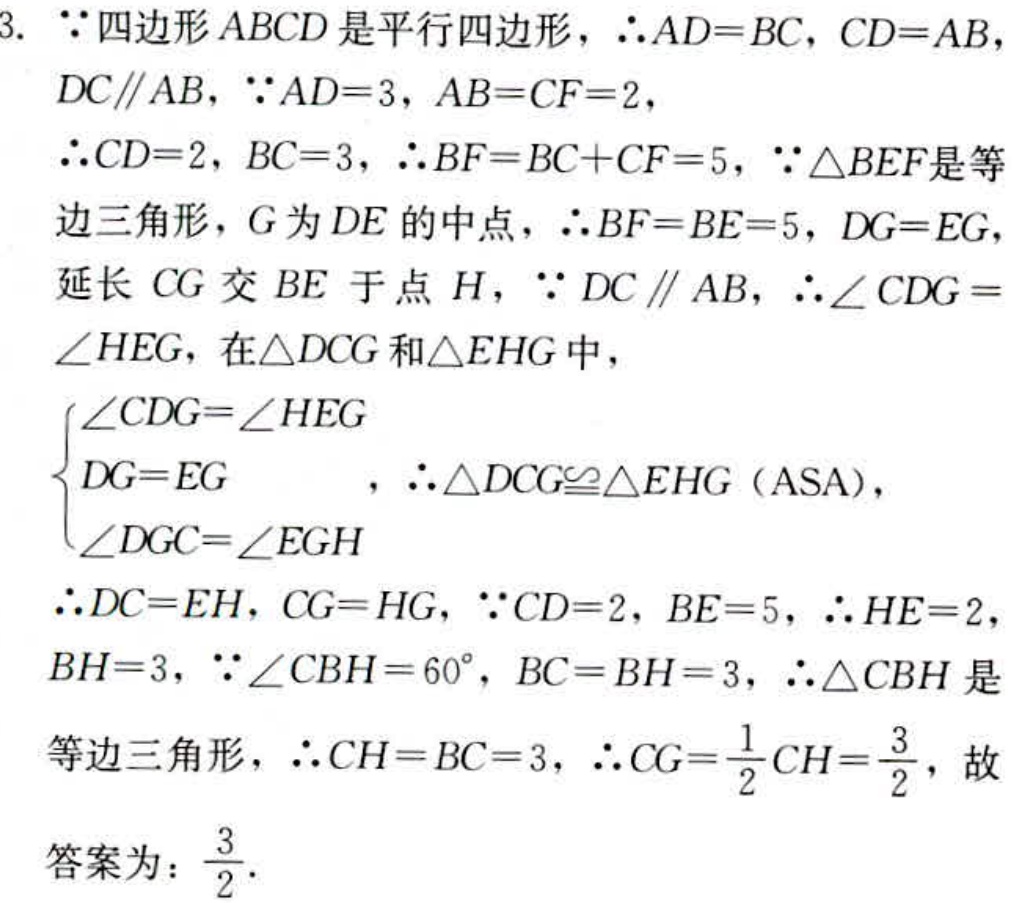
3.  \(\because\)四边形\(ABCD\)是平行四边形，\(\therefore AD = BC\)，\(CD = AB\)，
\(DC\parallel AB\)，\(\because AD = 3\)，\(AB = CF = 2\)，
\(\therefore CD = 2\)，\(BC = 3\)，\(\therefore BF=BC + CF = 5\)，\(\because\triangle BEF\)是等
边三角形，\(G\)为\(DE\)的中点，\(\therefore BF = BE = 5\)，\(DG = EG\)，
延长\(CG\)交\(BE\)于点\(H\)，\(\because DC\parallel AB\)，\(\therefore\angle CDG =\)
\(\angle HEG\)，在\(\triangle DCG\)和\(\triangle EHG\)中，
\(\begin{cases}
\angle CDG=\angle HEG \\
DG = EG\\
\angle DGC=\angle EGH
\end{cases}\)，\(\therefore\triangle DCG\cong\triangle EHG\)（\(ASA\)），
\(\therefore DC = EH\)，\(CG = HG\)，\(\because CD = 2\)，\(BE = 5\)，\(\therefore HE = 2\)，
\(BH = 3\)，\(\because\angle CBH = 60^{\circ}\)，\(BC = BH = 3\)，\(\therefore\triangle CBH\)是
等边三角形，\(\therefore CH = BC = 3\)，\(\therefore CG=\dfrac{1}{2}CH=\dfrac{3}{2}\)，故
答案为：\(\dfrac{3}{2}\).